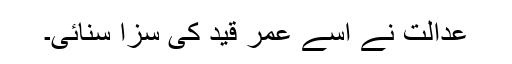
عدالت نے اسے عمر قید کی سزا سنائی۔